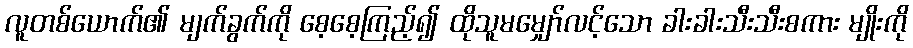
လူတစ်ယောက်၏ မျက်ခွက်ကို စေ့စေ့ကြည့်၍ ထိုသူမမျှော်လင့်သော ခါးခါးသီးသီးစကား မျိုးကို